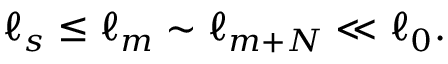
\ell _ { s } \le \ell _ { m } \sim \ell _ { m + N } \ll \ell _ { 0 } .